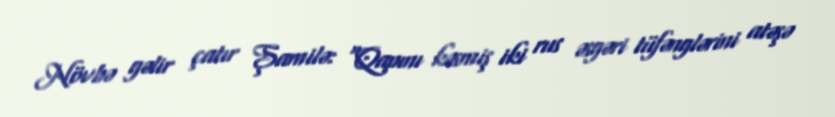
Növbə gəlir çatır Şamilə: “Qapını kəsmiş iki rus əsgəri tüfənglərini atəşə